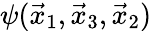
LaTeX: \psi(\vec{x}_{1},\vec{x}_{3},\vec{x}_{2})